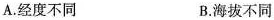
A.经度不同 B.海拔不同